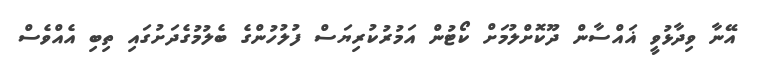
އޭނާ ވިދާޅުވީ ޣައްސާން ދޫކޮށްލުމަށް ކޯޓުން އަމުރުކުރިޔަސް ފުލުހުންގެ ބެލުމުގެދަށުގައި ތިބި އެއްވެސް